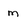
Character: m